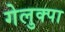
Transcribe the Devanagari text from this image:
गेलुक्पा